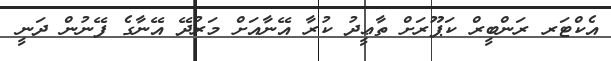
އެކްޓަރ ރަންބީރް ކަޕޫރަށް ތާޢީދު ކުރާ އޭނާއަށް މަރުދޭ އޭނާގެ ފޭނުން ދަނީ